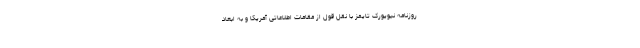
روزنامه نیویورک تایمز با نقل قول از مقامات اطلاعاتی آمریکا و به ابعاد